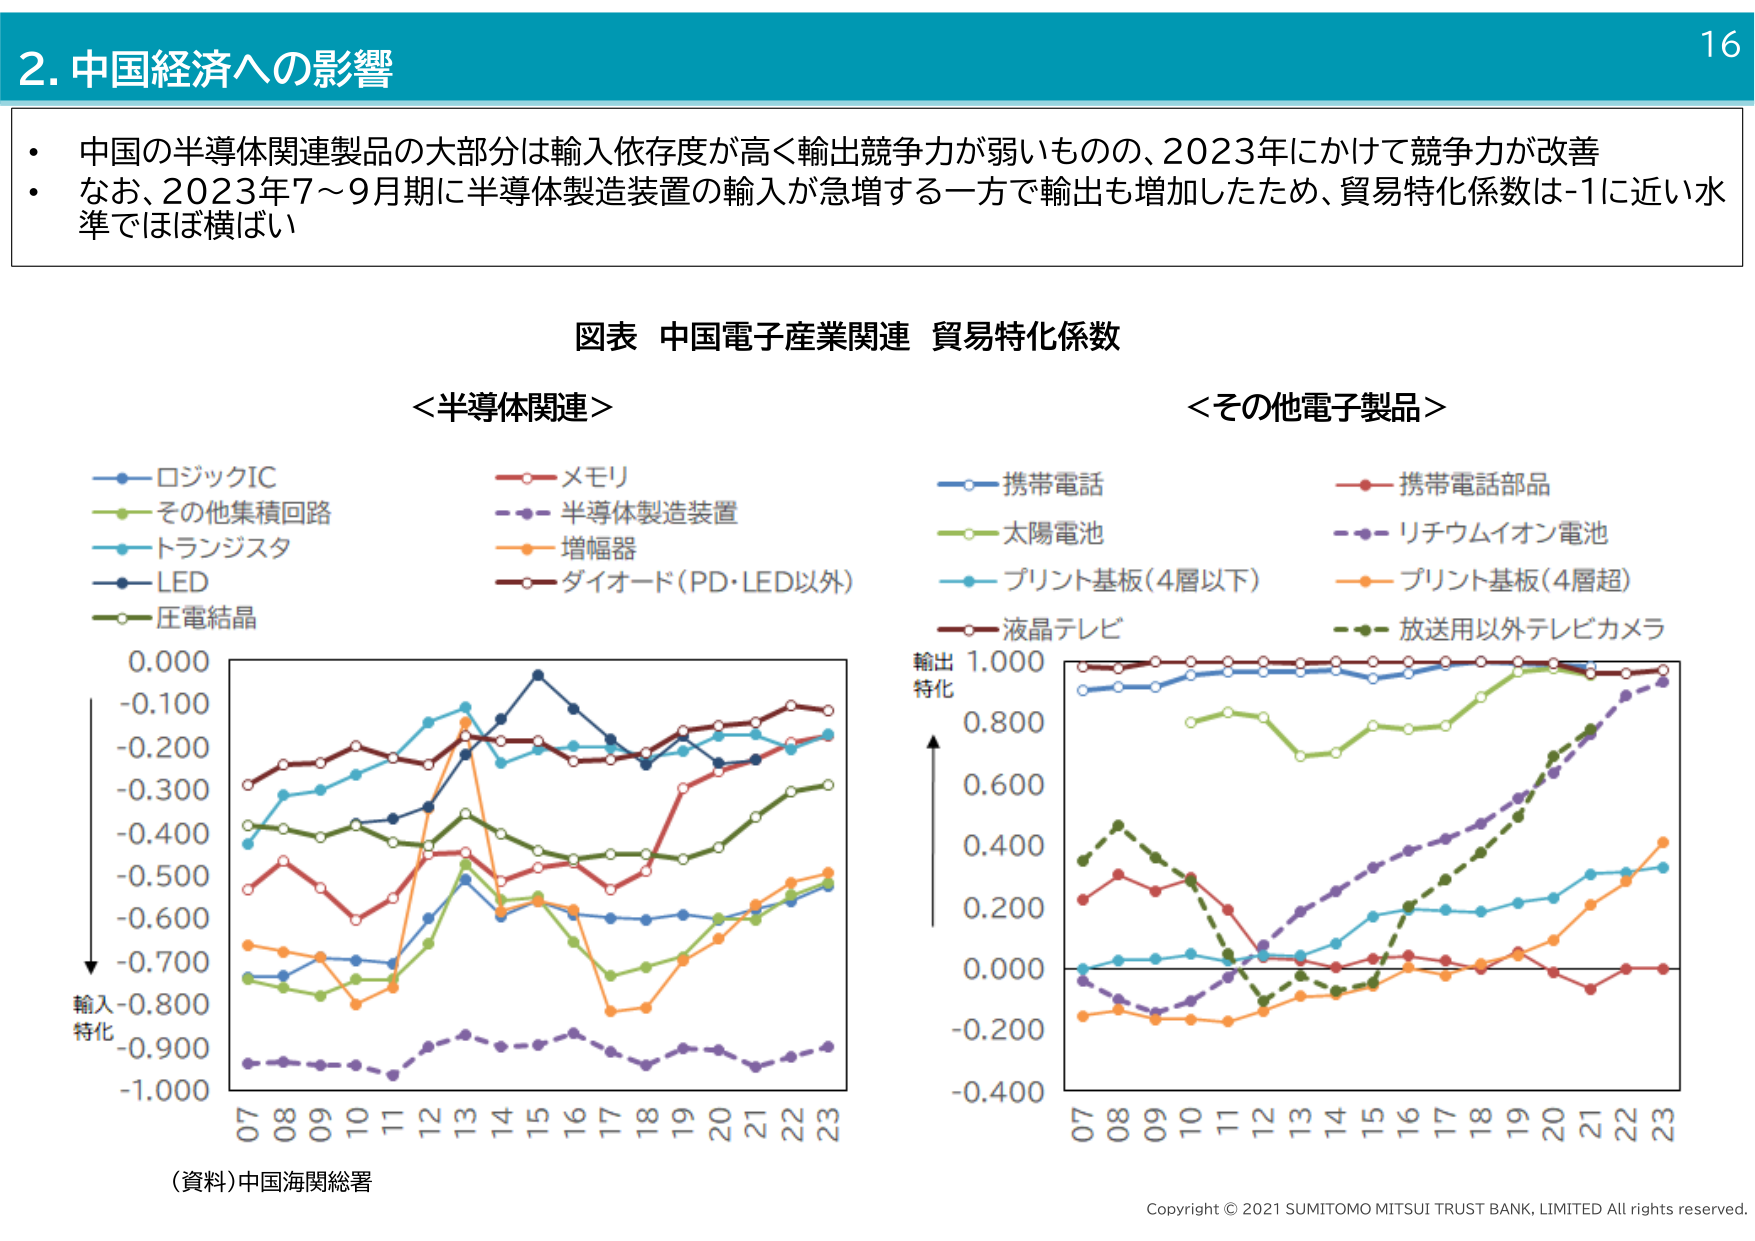
2. 中国経済への影響

・中国の半導体関連製品の大部分は輸入依存度が高く輸出競争力が弱いものの、2023年にかけて競争力が改善
・なお、2023年7～9月期に半導体製造装置の輸入が急増する一方で輸出も増加したため、貿易特化係数は-1に近い水準でほぼ横ばい

図表 中国電子産業関連 貿易特化係数

＜半導体関連＞
- ロジックIC
- その他集積回路
- トランジスタ
- LED
- 圧電結晶
- メモリ
- 半導体製造装置
- 増幅器
- ダイオード（PD・LED以外）

＜その他電子製品＞
- 携帯電話
- 太陽電池
- プリント基板（4層以下）
- 液晶テレビ
- 携帯電話部品
- リチウムイオン電池
- プリント基板（4層超）
- 放送用以外テレビカメラ

（資料）中国海関総署

輸入特化
-1.000
-0.900
-0.800
-0.700
-0.600
-0.500
-0.400
-0.300
-0.200
-0.100
0.000

輸出特化
-0.400
-0.200
0.000
0.200
0.400
0.600
0.800
1.000

（横軸：年）
07 08 09 10 11 12 13 14 15 16 17 18 19 20 21 22 23

Copyright © 2021 SUMITOMO MITSUI TRUST BANK, LIMITED All rights reserved.

16